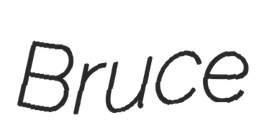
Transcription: Bruce